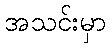
အသင်းမှာ